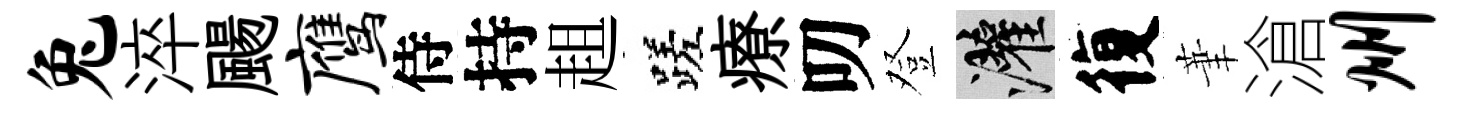
兔淬颺鹰侍持趄蹉療叨登灌復茟滄州